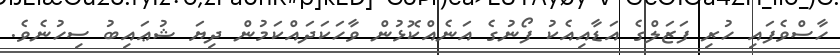
ހާސްވެފައި ހުރި ފަޒަލްގެ އަޑާއިއެކު ފޯނުގެ އަނެއްކޮޅުން ވާހަކަދައްކަމުން ދިޔަ ޝުޢައިބު ސިހުނެވެ.